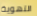
التهوية